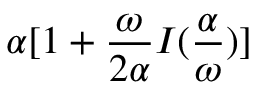
\alpha [ 1 + { \frac { \omega } { 2 \alpha } } I ( { \frac { \alpha } { \omega } } ) ]